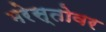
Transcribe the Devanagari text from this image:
मरेस्तोवर